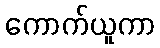
ကောက်ယူကာ